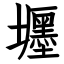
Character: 壥